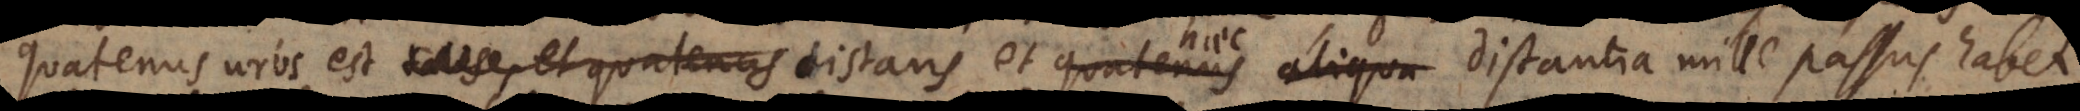
quatenus urbs est talis, et quatenus distans et quatenus aliqua distantia mille passus habet.